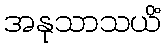
အနုသာသယိံ